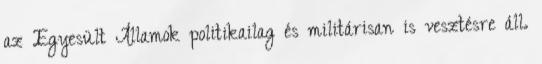
az Egyesült Államok politikailag és militárisan is vesztésre áll.